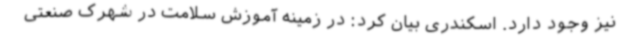
نیز وجود دارد. اسکندری بیان کرد: در زمینه آموزش سلامت در شهرک صنعتی